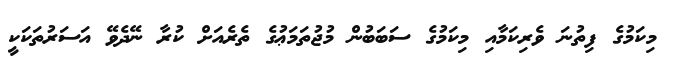
މިކަމުގެ ފިތުނަ ވެރިކަމާއި މިކަމުގެ ސަބަބުން މުޖުތަމަޢުގެ ތެރެއަށް ކުރާ ނޭދެވޭ އަސަރުތަކަކީ